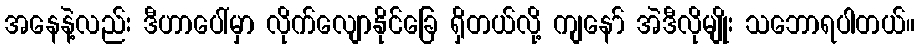
အနေနဲ့လည်း ဒီဟာပေါ်မှာ လိုက်လျောနိုင်ခြေ ရှိတယ်လို့ ကျနော် အဲဒီလိုမျိုး သဘောရပါတယ်။